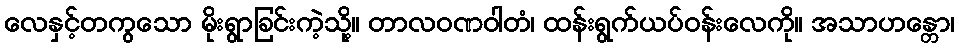
လေနှင့်တကွသော မိုးရွာခြင်းကဲ့သို့။ တာလဝဏဝါတံ၊ ထန်းရွက်ယပ်ဝန်းလေကို။ အသာဟန္တော၊